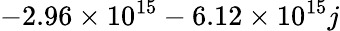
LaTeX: -2.96\times 10^{15}-6.12\times 10^{15}j